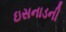
ઇસનાડની